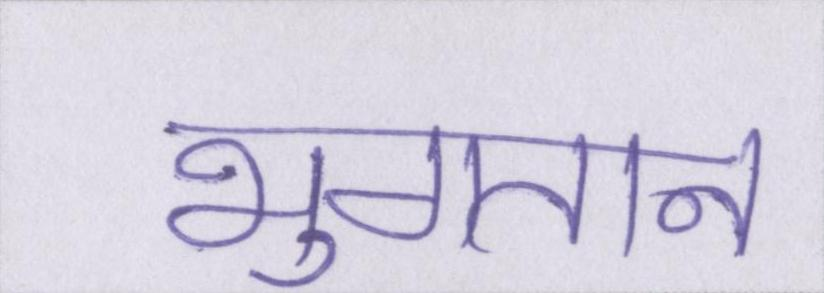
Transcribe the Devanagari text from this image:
भुगतान